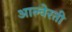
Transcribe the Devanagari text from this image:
आल्वेरती